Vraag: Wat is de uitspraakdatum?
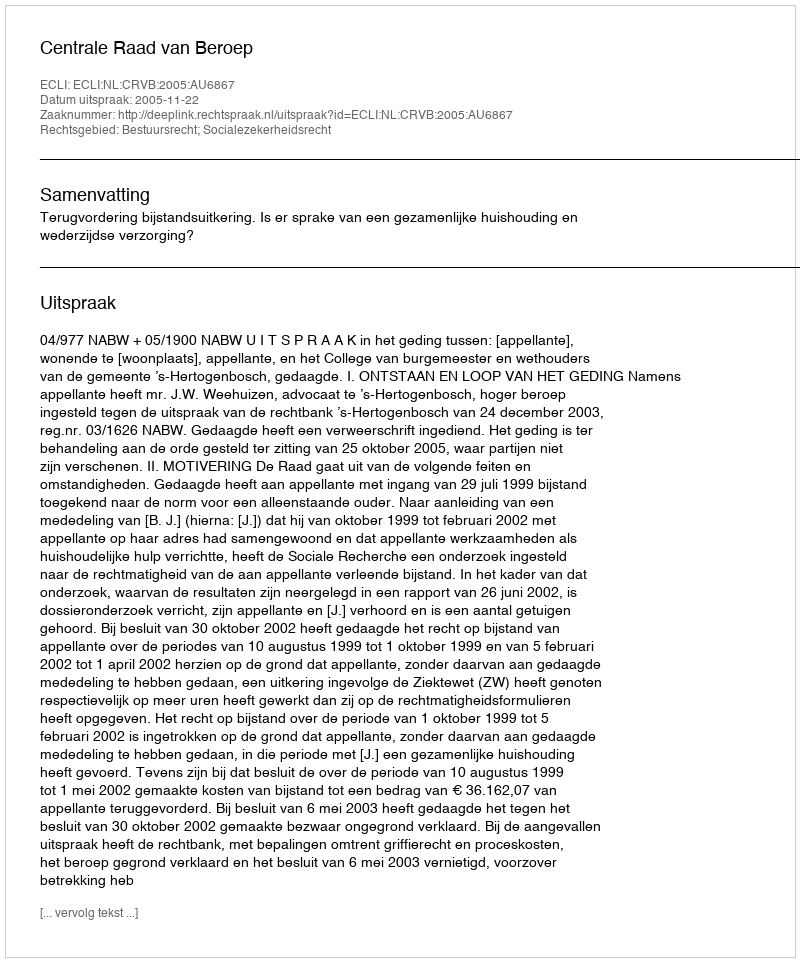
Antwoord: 2005-11-22